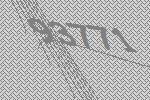
93771